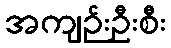
အကျဉ်းဦးစီး